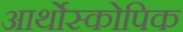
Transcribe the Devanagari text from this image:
आर्थोस्कोपिक